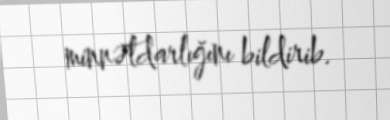
minnətdarlığını bildirib.